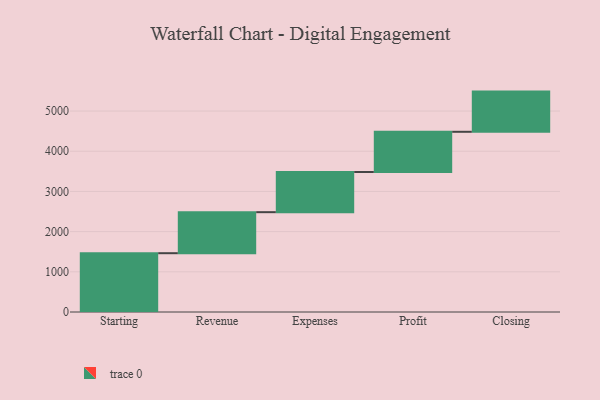
{"axis": {"x": "Step", "y": "Value"}, "legend": [""], "data": [{"x": "Starting", "y": 1463.0, "type": ""}, {"x": "Revenue", "y": 1021.0, "type": ""}, {"x": "Expenses", "y": 1000, "type": ""}, {"x": "Profit", "y": 1000, "type": ""}, {"x": "Closing", "y": 1000, "type": ""}]}